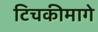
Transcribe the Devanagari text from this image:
टिचकीमागे